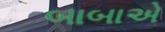
બાબાએ